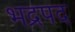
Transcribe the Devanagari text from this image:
भद्रपद